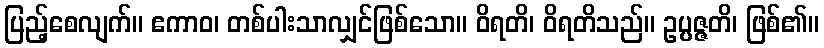
ပြည့်စေလျက်။ ဧကာဝ၊ တစ်ပါးသာလျှင်ဖြစ်သော။ ဝိရတိ၊ ဝိရတိသည်။ ဥပ္ပဇ္ဇတိ၊ ဖြစ်၏။